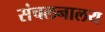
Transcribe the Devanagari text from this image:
संचलनालय